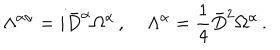
LaTeX: \Lambda ^ { \alpha \dot { \alpha } } = i \bar { D } ^ { \dot { \alpha } } \Omega ^ { \alpha } \, , \; \Lambda ^ { \alpha } = \frac { 1 } { 4 } \bar { D } ^ { 2 } \Omega ^ { \alpha } \, .